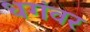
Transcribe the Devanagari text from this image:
धगंवर